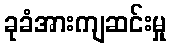
ခုခံအားကျဆင်းမှု